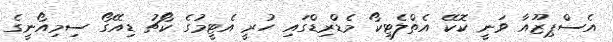
އެސްޕިޒޫއާ ވަނީ ކޮކޭ އެތްލެޓިކޯ މެޑްރިޑްގައި ހުރީ އެޓީމުގެ ކޯޗު ޑިއޭގޯ ސިމިއޯނީގެ